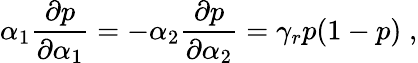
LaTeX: \alpha_{1}\frac{\partial p}{\partial\alpha_{1}}=-\alpha_{2}\frac{\partial p}{\partial\alpha_{2}}=\gamma_{r}p(1-p)\; ,